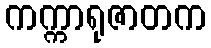
ကက္ကာရုဇာတက